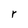
Character: r